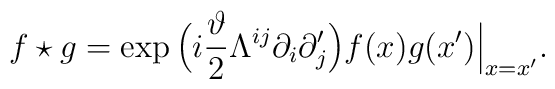
f\star g=\exp\Big(i\frac{\vartheta}{2}\Lambda^{ij}\partial_{i}\partial'_{j}\Big)f(x)g(x')\Big\vert_{x=x'}.